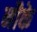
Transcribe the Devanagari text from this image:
नौके